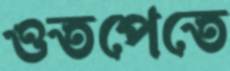
ওতপেতে